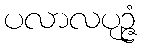
ပလာလပုဉ္ဇံ